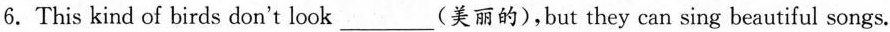
6.This kind of birds don't look___(美丽的),but they can sing beautiful songs.